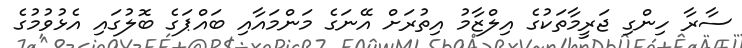
ސާރާ ހިންގި ޖަރީމާތަކުގެ އިލްޒާމު އިތުރަށް އޭނަގެ މަންމައާއި ބައްޕަގެ ބޮލުގައި އެޅުވުމުގެ